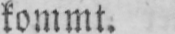
kommt.